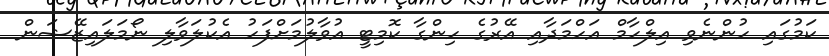
ކަމުގައި ހުންނެވި އިލްހާމް އަހްމަދާއި އޭރުގެ ހިންގާ ކޮމިޓީ އުވާލުމަށްފަހު އެކުލަވާލި ނޯމަލައިޒޭޝަން